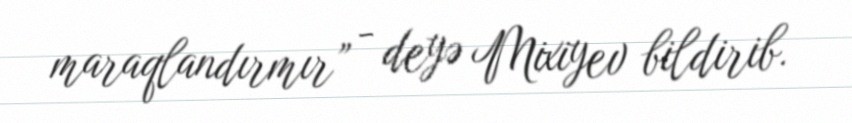
maraqlandırmır” - deyə Mixiyev bildirib.